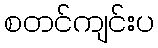
စတင်ကျင်းပ